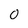
Character: 0